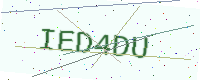
Text: IED4DU